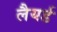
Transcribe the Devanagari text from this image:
लैयर्ड